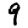
Digit: 9